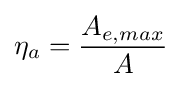
\eta _{a}={\frac {A_{e,max}}{A}}